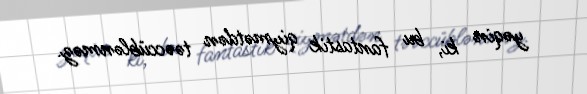
yəqin ki, bu fantastik qiymətdən təəccüblənməz.